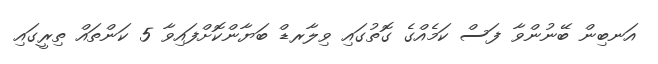
އަނބިން ބޭނުންވާ ފަސް ކަމެއްގެ ގޮތުގައި ވިލާރޑް ބަޔާންކޮށްފައިވާ 5 ކަންތައް ތިރީގައި